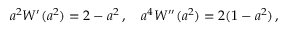
a ^ { 2 } W ^ { \prime } ( a ^ { 2 } ) = 2 - a ^ { 2 } \, , \quad a ^ { 4 } W ^ { \prime \prime } ( a ^ { 2 } ) = 2 ( 1 - a ^ { 2 } ) \, ,